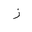
Letter: _zay